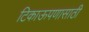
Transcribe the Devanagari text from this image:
टिकाऊपणासाठी